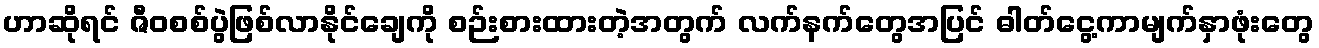
ဟာဆိုရင် ဇီဝစစ်ပွဲဖြစ်လာနိုင်ချေကို စဉ်းစားထားတဲ့အတွက် လက်နက်တွေအပြင် ဓါတ်ငွေ့ကာမျက်နှာဖုံးတွေ